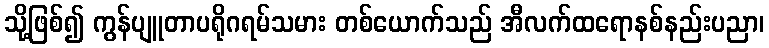
သို့ဖြစ်၍ ကွန်ပျူတာပရိုဂရမ်သမား တစ်ယောက်သည် အီလက်ထရောနစ်နည်းပညာ၊